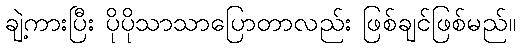
ချဲ့ကားပြီး ပိုပိုသာသာပြောတာလည်း ဖြစ်ချင်ဖြစ်မည်။